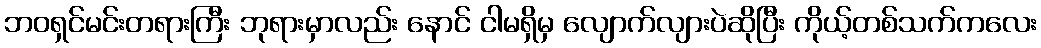
ဘဝရှင်မင်းတရားကြီး ဘုရားမှာလည်း နောင် ငါမရှိမှ လျောက်လျားပဲဆိုပြီး ကိုယ့်တစ်သက်ကလေး